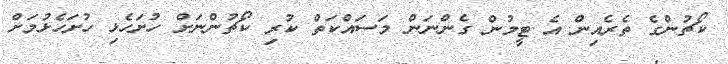
ކޯޗުންގެ ތެރެއިން އެ ޓީމުން ގެންނަން މަސައްކަތް ކުރި ކޯޗުންނަށް ހުށަހެޅި ހުށަހެޅުމަށް